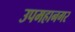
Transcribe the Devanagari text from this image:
उपमहानगर